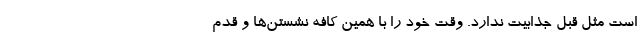
است مثل قبل جذابیت ندارد. وقت خود را با همین کافه نشستن‌ها و قدم